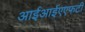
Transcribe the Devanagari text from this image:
आईआईएएफटी